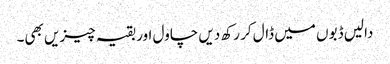
دالیں ڈبوں میں ڈال کر رکھ دیں چاول اور بقیہ چیزیں بھی۔